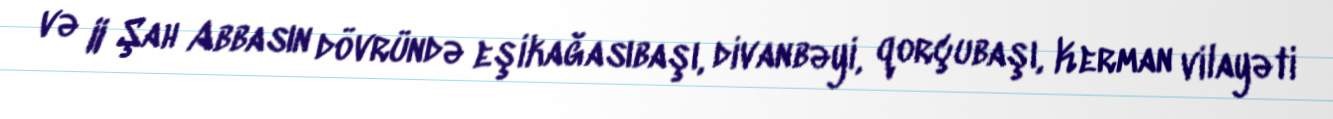
və II Şah Abbasın dövründə eşikağasıbaşı, divanbəyi, qorçubaşı, Kerman vilayəti